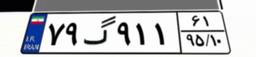
۷۹گ۹۱۱۶۱